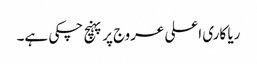
ریا کاری اعلی عروج پر پہنچ چکی ہے۔